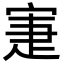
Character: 寁